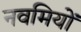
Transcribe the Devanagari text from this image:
नवमियों